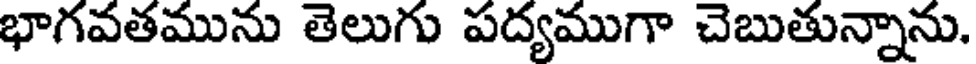
భాగవతమును తెలుగు పద్యముగా చెబుతున్నాను.